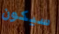
سيكون